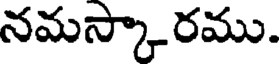
నమస్కారము.